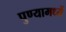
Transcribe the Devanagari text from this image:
पुण्यामध्यें